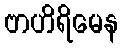
ဗာဟိရိမေန